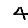
Digit: 4